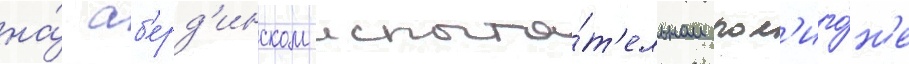
на́ аб'ерд'инском испыта́т'ельном пол'иго́н'е